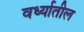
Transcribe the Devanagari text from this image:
वर्ध्यातील